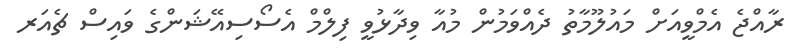
ރާއްޖެ އެމްވީއަށް މައުލޫމާތު ދެއްވަމުން މުއާ ވިދާޅުވީ ފިލްމް އެސޯސިއޭޝަންގެ ވައިސް ޗެއަރ